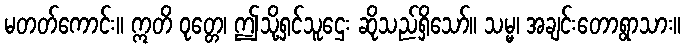
မတတ်ကောင်း။ ဣတိ ဝုတ္တေ၊ ဤသို့ရှင်သူဌေး ဆိုသည်ရှိသော်။ သမ္မ၊ အချင်းတောရွာသား။